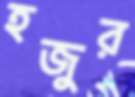
হজুর